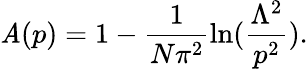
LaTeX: \mathit{A}(p)=1-\frac{{1}}{{N\pi^{2}}}\ln(\frac{{\Lambda^{2}}}{{p^{2}}}).